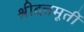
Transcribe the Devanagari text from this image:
श्रीदत्तमूर्ती